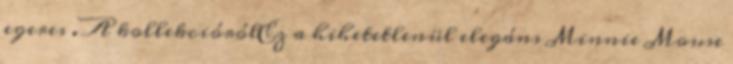
egeres . A kollekciórólEz a hihetetlenül elegáns Minnie Mouse